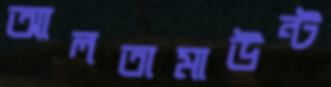
আলতামাউন্ট